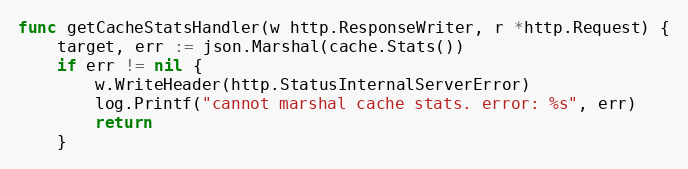
Language: Go
func getCacheStatsHandler(w http.ResponseWriter, r *http.Request) {
	target, err := json.Marshal(cache.Stats())
	if err != nil {
		w.WriteHeader(http.StatusInternalServerError)
		log.Printf("cannot marshal cache stats. error: %s", err)
		return
	}